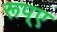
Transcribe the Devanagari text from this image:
रूप्ए